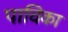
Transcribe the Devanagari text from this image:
पाचिका